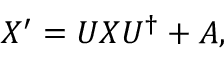
X ^ { \prime } = U X U ^ { \dagger } + A ,